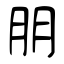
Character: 朋